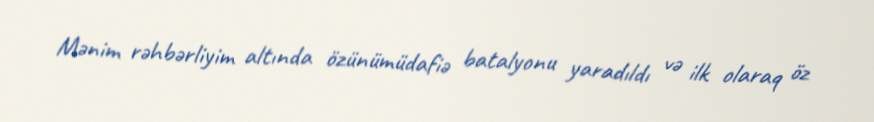
Mənim rəhbərliyim altında özünümüdafiə batalyonu yaradıldı və ilk olaraq öz